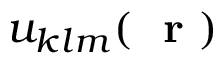
u _ { k l m } ( \mathrm { ~ \bf ~ r ~ } )